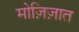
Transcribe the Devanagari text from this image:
मोज़िज़ात